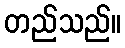
တည်သည်။